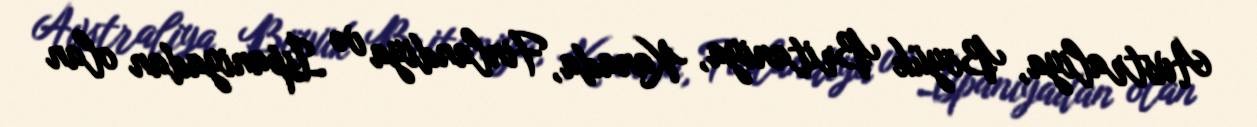
Avstraliya, Böyük Britaniya, Kanada, Finlandiya və İspaniyadan olan